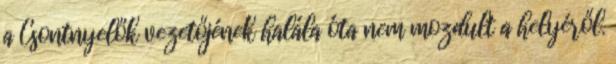
a Csontnyelők vezetőjének halála óta nem mozdult a helyéről.